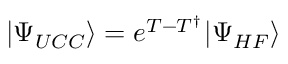
| \Psi _ { U C C } \rangle = e ^ { T - T ^ { \dagger } } | \Psi _ { H F } \rangle